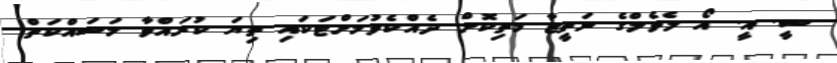
ސީ. އީ. އޯ ލެވެލްގެ ނަތީޖާ މަތިކޮށް ދެއްކެވުމަށްޓަކައި ތިޔަ ކުރައްވާ މަސައްކަތް